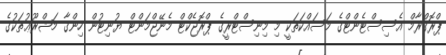
ޕްރޮގްރާމް އެސިސްޓެންޓްގެ މަސައްކަތަކީ މި މިނިސްޓްރީގެ ޕްރޮޖެކްޓް މެނޭޖްމަންޓް ޔުނިޓުން ހިންގާ މަޝްރޫޢުތަކުގެ